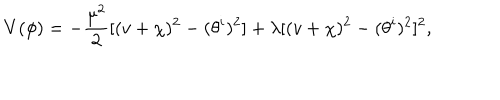
V ( \phi ) = - \frac { \mu ^ { 2 } } { 2 } [ ( v + \chi ) ^ { 2 } - ( \theta ^ { i } ) ^ { 2 } ] + \lambda [ ( v + \chi ) ^ { 2 } - ( \theta ^ { i } ) ^ { 2 } ] ^ { 2 } ,